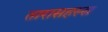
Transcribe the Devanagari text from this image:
तारासहस्स्र